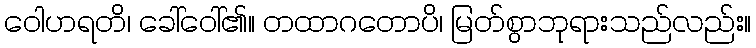
ဝေါဟရတိ၊ ခေါ်ဝေါ်၏။ တထာဂတောပိ၊ မြတ်စွာဘုရားသည်လည်း။